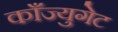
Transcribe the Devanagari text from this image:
काँज्युगेट